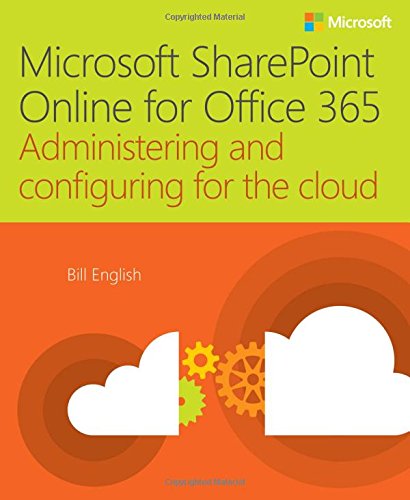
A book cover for Microsoft SharePoint Online for Office 365: Administering and configuring for the cloud; Bill English; Computers & Technology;